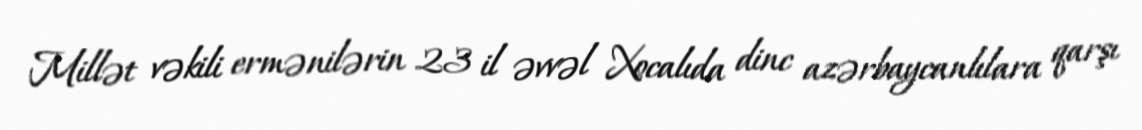
Millət vəkili ermənilərin 23 il əvvəl Xocalıda dinc azərbaycanlılara qarşı